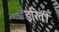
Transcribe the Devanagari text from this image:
इरिती